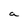
Character: a